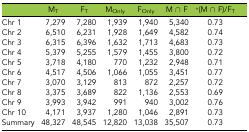
<table><thead><tr><td></td><td><b>M<sub>T</sub></b></td><td><b>F<sub>T</sub></b></td><td><b>M<sub>Only</sub></b></td><td><b>F<sub>Only</sub></b></td><td><b>M ∩ F</b></td><td><b>*(M ∩ F)/F<sub>T</sub></b></td></tr></thead><tbody><tr><td>Chr 1</td><td>7,279</td><td>7,280</td><td>1,939</td><td>1,940</td><td>5,340</td><td>0.73</td></tr><tr><td>Chr 2</td><td>6,510</td><td>6,231</td><td>1,928</td><td>1,649</td><td>4,582</td><td>0.74</td></tr><tr><td>Chr 3</td><td>6,315</td><td>6,396</td><td>1,632</td><td>1,713</td><td>4,683</td><td>0.73</td></tr><tr><td>Chr 4</td><td>5,379</td><td>5,255</td><td>1,579</td><td>1,455</td><td>3,800</td><td>0.72</td></tr><tr><td>Chr 5</td><td>3,718</td><td>4,180</td><td>770</td><td>1,232</td><td>2,948</td><td>0.71</td></tr><tr><td>Chr 6</td><td>4,517</td><td>4,506</td><td>1,066</td><td>1,055</td><td>3,451</td><td>0.77</td></tr><tr><td>Chr 7</td><td>3,070</td><td>3,129</td><td>813</td><td>872</td><td>2,257</td><td>0.72</td></tr><tr><td>Chr 8</td><td>3,375</td><td>3,689</td><td>822</td><td>1,136</td><td>2,553</td><td>0.69</td></tr><tr><td>Chr 9</td><td>3,993</td><td>3,942</td><td>991</td><td>940</td><td>3,002</td><td>0.76</td></tr><tr><td>Chr 10</td><td>4,171</td><td>3,937</td><td>1,280</td><td>1,046</td><td>2,891</td><td>0.73</td></tr><tr><td>Summary</td><td>48,327</td><td>48,545</td><td>12,820</td><td>13,038</td><td>35,507</td><td>0.73</td></tr></tbody></table>